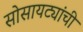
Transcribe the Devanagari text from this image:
सोसायट्यांची